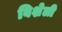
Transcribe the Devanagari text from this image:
विशेली